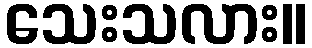
သေးသလား။